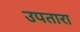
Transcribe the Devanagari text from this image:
उपतारा